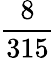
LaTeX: \frac{8}{315}